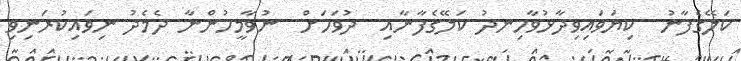
ކަލޭގެފާނު  ކިޔަވައިވިދާޅުވާހިނދު ކަލޭގެފާނާއި  ދުވަހަށް  ނުވާމީހުންނާ ދެމެދު ނިވައިކުރަނިވި